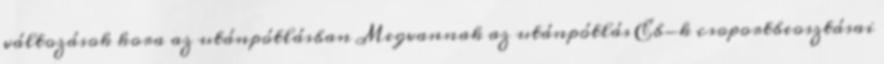
változások kora az utánpótlásban Megvannak az utánpótlás Eb-k csoportbeosztásai